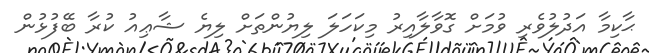
ޙާކިމާ އަދުލުވެރި ވުމަށް ގޮވާލާއިރު މިކަހަލަ ލިޔުންތަށް ލިޔެ ޝާޢިއު ކުރާ ބޭފުޅުން